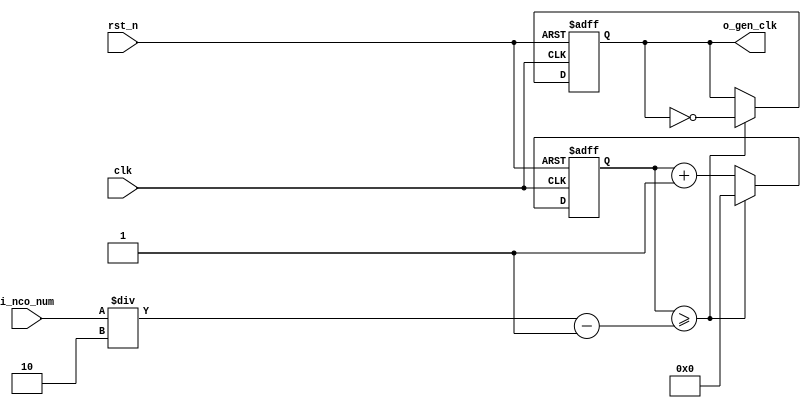
//  BEFORE DEBOUNCE


//	==================================================
//	Copyright (c) 2019 Sookmyung Women's University.
//	--------------------------------------------------
//	DEPARTMENT		: EE
//	--------------------------------------------------
//	RELEASE HISTORY
//	--------------------------------------------------
//	VERSION			DATE
//	0.0			2019-11-09
//	--------------------------------------------------
//	PURPOSE			: Digital Clock
//	==================================================

//	--------------------------------------------------
//	Numerical Controlled Oscillator
//	Hz of o_gen_clk = Clock Hz / num
//	--------------------------------------------------
module	nco(	
		o_gen_clk,
		i_nco_num,
		clk,
		rst_n);

output		o_gen_clk	;	// 1Hz CLK

input	[31:0]	i_nco_num	;
input		clk		;	// 50Mhz CLK
input		rst_n		;

reg	[31:0]	cnt		;
reg		o_gen_clk	;

always @(posedge clk or negedge rst_n) begin
	if(rst_n == 1'b0) begin
		cnt		<= 32'd0;
		o_gen_clk	<= 1'd0	;
	end else begin
		if(cnt >= i_nco_num/2-1) begin
			cnt 	<= 32'd0;
			o_gen_clk	<= ~o_gen_clk;
		end else begin
			cnt <= cnt + 1'b1;
		end
	end
end

endmodule

//	--------------------------------------------------
//	Flexible Numerical Display Decoder
//	--------------------------------------------------
module	fnd_dec(
		o_seg,
		i_num);

output	[6:0]	o_seg		;	// {o_seg_a, o_seg_b, ... , o_seg_g}

input	[3:0]	i_num		;
reg	[6:0]	o_seg		;
//making
always @(i_num) begin 
 	case(i_num) 
 		4'd0 : o_seg = 7'b111_1110	; 
 		4'd1 : o_seg = 7'b011_0000	; 
 		4'd2 : o_seg = 7'b110_1101	; 
 		4'd3 : o_seg = 7'b111_1001	; 
 		4'd4 : o_seg = 7'b011_0011	; 
 		4'd5 : o_seg = 7'b101_1011	; 
 		4'd6 : o_seg = 7'b101_1111	; 
 		4'd7 : o_seg = 7'b111_0000	; 
 		4'd8 : o_seg = 7'b111_1111	; 
 		4'd9 : o_seg = 7'b111_0011	; 
		default : o_seg = 7'b000_0000	; 
	endcase 
end


endmodule

//	--------------------------------------------------
//	0~59 --> 2 Separated Segments
//	--------------------------------------------------
module	double_fig_sep(
		o_left,
		o_right,
		i_double_fig);

output	[3:0]	o_left		;
output	[3:0]	o_right		;

input	[5:0]	i_double_fig	;

assign		o_left	= i_double_fig / 10	;
assign		o_right	= i_double_fig % 10	;

endmodule

//	--------------------------------------------------
//	0~59 --> 2 Separated Segments
//	--------------------------------------------------
module	led_disp(
		o_seg,
		o_seg_dp,
		o_seg_enb,
		i_six_digit_seg,
		i_six_dp,
		clk,
		rst_n);

output	[5:0]	o_seg_enb		;
output		o_seg_dp		;
output	[6:0]	o_seg			;

input	[41:0]	i_six_digit_seg		;
input	[5:0]	i_six_dp		;
input		clk			;
input		rst_n			;

wire		gen_clk		;

nco		u_nco(
		.o_gen_clk	( gen_clk	),
		.i_nco_num	( 32'd5000	),
		.clk		( clk		),
		.rst_n		( rst_n		));


reg	[3:0]	cnt_common_node	;

always @(posedge gen_clk or negedge rst_n) begin
	if(rst_n == 1'b0) begin
		cnt_common_node <= 4'd0;
	end else begin
		if(cnt_common_node >= 4'd5) begin
			cnt_common_node <= 4'd0;
		end else begin
			cnt_common_node <= cnt_common_node + 1'b1;
		end
	end
end

reg	[5:0]	o_seg_enb		;

always @(cnt_common_node) begin
	case (cnt_common_node)
		4'd0 : o_seg_enb = 6'b111110;
		4'd1 : o_seg_enb = 6'b111101;
		4'd2 : o_seg_enb = 6'b111011;
		4'd3 : o_seg_enb = 6'b110111;
		4'd4 : o_seg_enb = 6'b101111;
		4'd5 : o_seg_enb = 6'b011111;
	endcase
end

reg		o_seg_dp		;

always @(cnt_common_node) begin
	case (cnt_common_node)
		4'd0 : o_seg_dp = i_six_dp[0];
		4'd1 : o_seg_dp = i_six_dp[1];
		4'd2 : o_seg_dp = i_six_dp[2];
		4'd3 : o_seg_dp = i_six_dp[3];
		4'd4 : o_seg_dp = i_six_dp[4];
		4'd5 : o_seg_dp = i_six_dp[5];
	endcase
end

reg	[6:0]	o_seg			;

always @(cnt_common_node) begin
	case (cnt_common_node)
		4'd0 : o_seg = i_six_digit_seg[6:0];
		4'd1 : o_seg = i_six_digit_seg[13:7];
		4'd2 : o_seg = i_six_digit_seg[20:14];
		4'd3 : o_seg = i_six_digit_seg[27:21];
		4'd4 : o_seg = i_six_digit_seg[34:28];
		4'd5 : o_seg = i_six_digit_seg[41:35];
	endcase
end

endmodule

//	--------------------------------------------------
//	HMS(Hour:Min:Sec) Counter
//	--------------------------------------------------
module	hms_cnt(
		o_hms_cnt,
		o_max_hit,
		i_max_cnt,
		clk,
		rst_n);

output	[5:0]	o_hms_cnt		;
output		o_max_hit		;

input	[5:0]	i_max_cnt		;
input		clk			;
input		rst_n			;

reg	[5:0]	o_hms_cnt		;
reg		o_max_hit		;
always @(posedge clk or negedge rst_n) begin
	if(rst_n == 1'b0) begin
		o_hms_cnt <= 6'd0;
		o_max_hit <= 1'b0;
	end else begin
		if(o_hms_cnt >= i_max_cnt) begin
			o_hms_cnt <= 6'd0;
			o_max_hit <= 1'b1;
		end else begin
			o_hms_cnt <= o_hms_cnt + 1'b1;
			o_max_hit <= 1'b0;
		end
	end
end

endmodule

module  debounce(
		o_sw,
		i_sw,
		clk);
output		o_sw			;

input		i_sw			;
input		clk			;

reg		dly1_sw			;
always @(posedge clk) begin
	dly1_sw <= i_sw;
end

reg		dly2_sw			;
always @(posedge clk) begin
	dly2_sw <= dly1_sw;
end

assign		o_sw = dly1_sw | ~dly2_sw;

endmodule

//	--------------------------------------------------
//	Clock Controller
//	--------------------------------------------------
module	controller(
		o_mode,
		o_position,
		o_sec_clk,
		o_min_clk,
		i_max_hit_sec,
		i_max_hit_min,
		i_sw0,
		i_sw1,
		i_sw2,
		clk,
		rst_n);

output		o_mode			;
output		o_position		;
output		o_sec_clk		;
output		o_min_clk		;

input		i_max_hit_sec		;
input		i_max_hit_min		;

input		i_sw0			;
input		i_sw1			;
input		i_sw2			;

input		clk			;
input		rst_n			;

parameter	MODE_CLOCK = 1'b0	;
parameter	MODE_SETUP = 1'b1	;

parameter	POS_SEC	= 1'b0		;
parameter	POS_MIN	= 1'b1		;

wire		clk_100hz		;
nco		u0_nco(
		.o_gen_clk	( clk_100hz	),
		.i_nco_num	( 32'd500000	),
		.clk		( clk		),
		.rst_n		( rst_n		));

wire		sw0			;
debounce	u0_debounce(
		.o_sw		( sw0		),
		.i_sw		( i_sw0		),
		.clk		( clk_100hz	));

wire		sw1			;
debounce	u1_debounce(
		.o_sw		( sw1		),
		.i_sw		( i_sw1		),
		.clk		( clk_100hz	));

wire		sw2			;
debounce	u2_debounce(
		.o_sw		( sw2		),
		.i_sw		( i_sw2		),
		.clk		( clk_100hz	));

reg		o_mode			;
always @(posedge i_sw0 or negedge rst_n) begin
	if(rst_n == 1'b0) begin
		o_mode <= MODE_CLOCK;
	end else begin
		o_mode <= o_mode + 1'b1;
	end
end

reg		o_position		;
always @(posedge i_sw1 or negedge rst_n) begin
	if(rst_n == 1'b0) begin
		o_position <= POS_SEC;
	end else begin
		o_position <= o_position + 1'b1;
	end
end

wire		clk_1hz			;
nco		u1_nco(
		.o_gen_clk	( clk_1hz	),
		.i_nco_num	( 32'd50000000	),
		.clk		( clk		),
		.rst_n		( rst_n		));

reg		o_sec_clk		;
reg		o_min_clk		;
always @(*) begin
	case(o_mode)
		MODE_CLOCK : begin
			o_sec_clk = clk_1hz;
			o_min_clk = i_max_hit_sec;
		end
		MODE_SETUP : begin
			case(o_position)
				POS_SEC : begin
					o_sec_clk = ~i_sw2;
					o_min_clk = 1'b0;
				end
				POS_MIN : begin
					o_sec_clk = 1'b0;
					o_min_clk = ~i_sw2;
				end
			endcase
		end
	endcase
end

endmodule

//	--------------------------------------------------
//	HMS(Hour:Min:Sec) Counter
//	--------------------------------------------------
module	minsec(	o_sec,
		o_min,
		o_max_hit_sec,
		o_max_hit_min,
		i_sec_clk,
		i_min_clk,
		clk,
		rst_n);

output	[5:0]	o_sec		;
output	[5:0]	o_min		;
output		o_max_hit_sec	;
output		o_max_hit_min	;

input		i_sec_clk	;
input		i_min_clk	;

input		clk		;
input		rst_n		;

hms_cnt		u0_hms_cnt(
		.o_hms_cnt	( o_sec		),
		.o_max_hit	( o_max_hit_sec	),
		.i_max_cnt	( 6'd59		),
		.clk		( i_sec_clk	),
		.rst_n		( rst_n		));

hms_cnt		u1_hms_cnt(
		.o_hms_cnt	( o_min		),
		.o_max_hit	( o_max_hit_min	),
		.i_max_cnt	( 6'd59		),
		.clk		( i_min_clk	),
		.rst_n		( rst_n		));

endmodule

module	top_hms_clock(
		o_seg_enb,
		o_seg_dp,
		o_seg,
		i_sw0,
		i_sw1,
		i_sw2,
		clk,
		rst_n);

output	[5:0]	o_seg_enb	;
output		o_seg_dp	;
output	[6:0]	o_seg		;

input		i_sw0		;
input		i_sw1		;
input		i_sw2		;
input		clk		;
input		rst_n	;


wire		max_hit_min	;
wire		max_hit_sec	;

wire 		out_max_hit_min	;
wire		out_max_hit_sec	;

wire		out_min_clk	;
wire		out_sec_clk	;

controller	controller_ctrl(
		.o_mode(),
		.o_position(),
		.o_sec_clk(out_sec_clk),
		.o_min_clk(out_min_clk),
		.i_max_hit_sec(out_max_hit_sec),
		.i_max_hit_min(out_max_hit_min),
		.i_sw0(i_sw0),
		.i_sw1(i_sw1),
		.i_sw2(i_sw2),
		.clk(clk),
		.rst_n(rst_n));

wire [5:0]	out_min		;
wire [5:0]	out_sec		;


minsec		minsec_minsec(
		.o_sec(out_sec),
		.o_min(out_min),
		.o_max_hit_sec(out_max_hit_sec),
		.o_max_hit_min(out_max_hit_min),
		.i_sec_clk(out_sec_clk),
		.i_min_clk(out_min_clk),
		.clk(clk),
		.rst_n(rst_n));

wire [3:0]	out_left_sec	;	
wire [3:0]	out_right_sec	;

wire [3:0]	out_left_min	;
wire [3:0]	out_rihgt_min	;

double_fig_sep	double_fig_sep_u0_dfs(
		.o_left(out_left_sec),
		.o_right(out_right_sec),
		.i_double_fig(out_sec));

double_fig_sep	double_fig_sep_u1_dfs(
		.o_left(out_left_min),
		.o_right(out_rihgt_min),
		.i_double_fig(out_min));

wire [6:0]	out_seg_left_sec	;
wire [6:0]	out_seg_right_sec	;
wire [6:0]	out_seg_left_min	;
wire [6:0]	out_seg_right_min	;

fnd_dec		find_dec_u0_find_dec(
		.o_seg(out_seg_left_sec),
		.i_num(out_left_sec));

fnd_dec		find_dec_u1_find_dec(
		.o_seg(out_seg_right_sec),
		.i_num(out_right_sec));

fnd_dec		find_dec_u2_find_dec(
		.o_seg(out_seg_left_min),
		.i_num(out_left_min));

fnd_dec		find_dec_u3_find_dec(
		.o_seg(out_seg_right_min),
		.i_num(out_rihgt_min));

wire [41:0]	in_six_digit_seg	;
assign		in_six_digit_seg ={ {2{7'd0}} ,out_seg_left_min,out_seg_right_min, out_seg_left_sec, out_seg_right_sec} ;   		


led_disp	led_disp_u_led_disp(
		.o_seg(o_seg),
		.o_seg_dp(o_seg_dp),
		.o_seg_enb(o_seg_enb),
		.i_six_digit_seg(in_six_digit_seg),
		.i_six_dp(6'h0),
		.clk(clk),
		.rst_n(rst_n));


endmodule